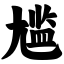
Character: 尴